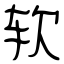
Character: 软